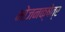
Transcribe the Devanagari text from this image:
भोजनक्षेत्र